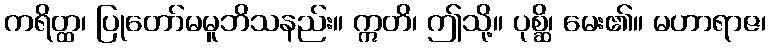
ကရိတ္ထ၊ ပြုတော်မမူဘိသနည်း။ ဣတိ၊ ဤသို့။ ပုစ္ဆိ၊ မေး၏။ မဟာရာဇ၊